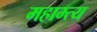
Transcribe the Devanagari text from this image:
महाम्त्य